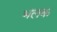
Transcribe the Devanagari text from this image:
भलक